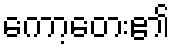
ကော့တေး၏